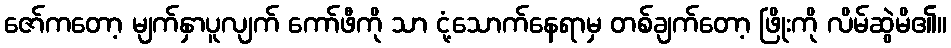
ဇော်ကတော့ မျက်နှာပူလျက် ကော်ဖီကို သာ ငုံ့သောက်နေရာမှ တစ်ချက်တော့ ဖြိုးကို လိမ်ဆွဲမိ၏။